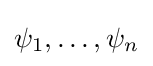
\psi _{1},\dotsc ,\psi _{n}